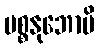
ပစ္စနုဘောမိ